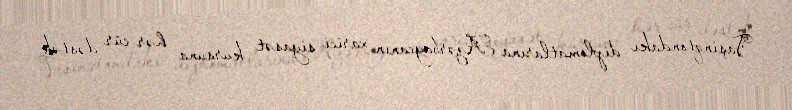
Vaşinqtondakı diplomatlarına Azərbaycanın xarici siyasət kursuna hər cür dəstək